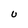
Character: U